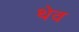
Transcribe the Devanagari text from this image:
थेव